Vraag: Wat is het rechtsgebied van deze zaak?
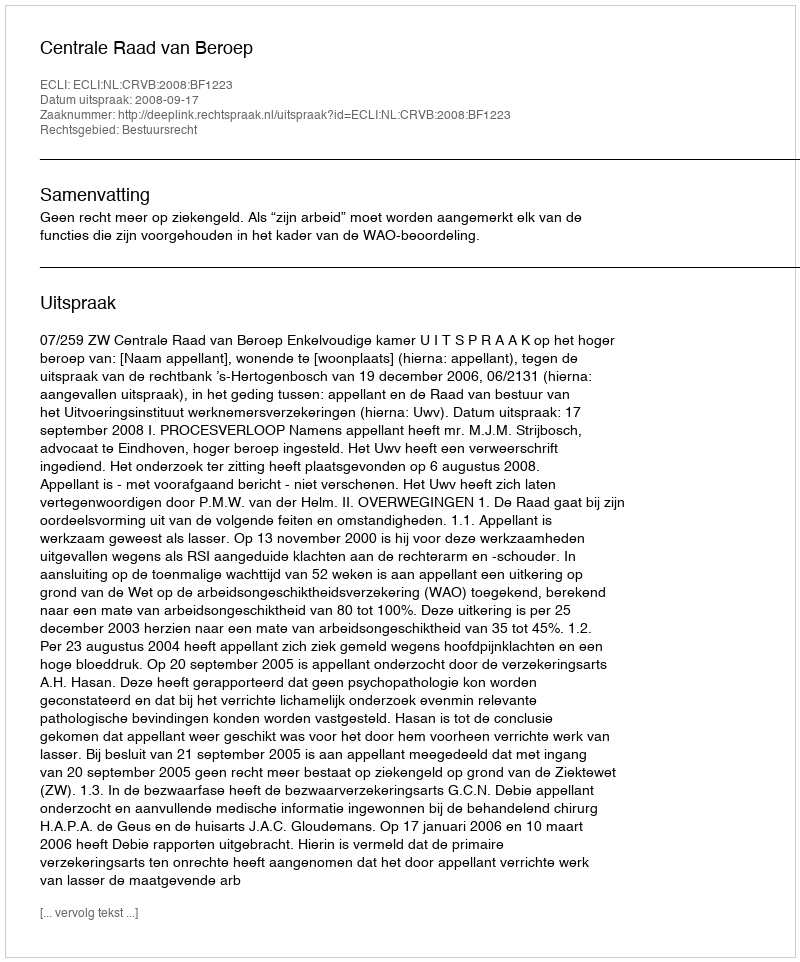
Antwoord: Bestuursrecht